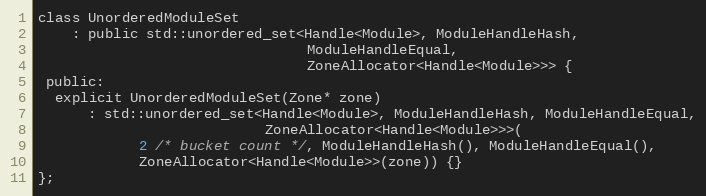
Language: C
class UnorderedModuleSet
    : public std::unordered_set<Handle<Module>, ModuleHandleHash,
                                ModuleHandleEqual,
                                ZoneAllocator<Handle<Module>>> {
 public:
  explicit UnorderedModuleSet(Zone* zone)
      : std::unordered_set<Handle<Module>, ModuleHandleHash, ModuleHandleEqual,
                           ZoneAllocator<Handle<Module>>>(
            2 /* bucket count */, ModuleHandleHash(), ModuleHandleEqual(),
            ZoneAllocator<Handle<Module>>(zone)) {}
};